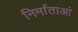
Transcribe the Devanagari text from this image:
निर्माताआं